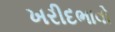
ખરીદભાવો